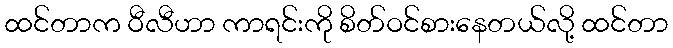
ထင်တာက ဝီလီဟာ ကာရင်းကို စိတ်ဝင်စားနေတယ်လို့ ထင်တာ